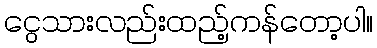
ငွေသားလည်းထည့်ကန်တော့ပါ။